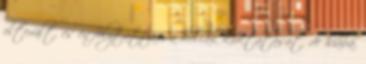
elterült, és én folytattam a hullák kiiktatását, de hiába.